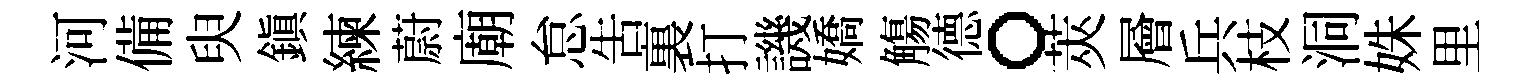
河備臾鎮練蔚廟怠告裏打譏嬌觴德。莢層兵枝洞姝里